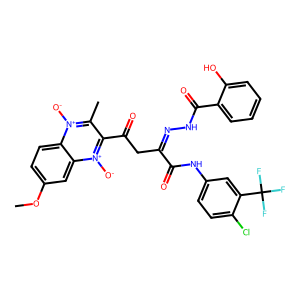
SMILES: COc1ccc2c(c1)[n+]([O-])c(C(=O)CC(=NNC(=O)c1ccccc1O)C(=O)Nc1ccc(Cl)c(C(F)(F)F)c1)c(C)[n+]2[O-]
Inhibits HIV replication: No